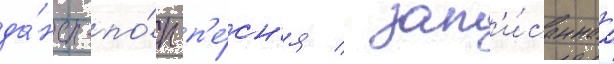
да́нс-по́п п'е́сн'я / зап'и́саннаа